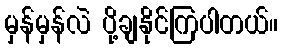
မှန်မှန်လဲ ပို့ချနိုင်ကြပါတယ်။